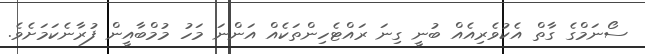
ސޯނަމްގެ ގާތް އެކުވެރިއެއް ބުނީ ގިނަ ރައްޓެހިންތަކެއް އަންނަ މަހު މުމްބާއީން ފުރާނެކަމަށެވެ.